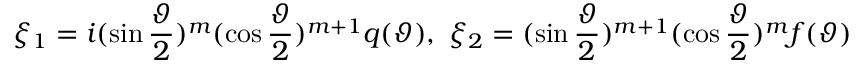
\quad \xi _ { 1 } = i ( \sin \frac \vartheta 2 ) ^ { m } ( \cos \frac \vartheta 2 ) ^ { m + 1 } q ( \vartheta ) , \ \xi _ { 2 } = ( \sin \frac \vartheta 2 ) ^ { m + 1 } ( \cos \frac \vartheta 2 ) ^ { m } f ( \vartheta )